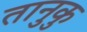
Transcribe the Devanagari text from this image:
तानुकु